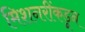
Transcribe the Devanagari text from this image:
मिशनरींकडून